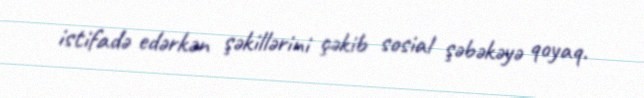
istifadə edərkən şəkillərini çəkib sosial şəbəkəyə qoyaq.